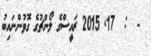
-  :  17